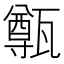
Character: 𤮐